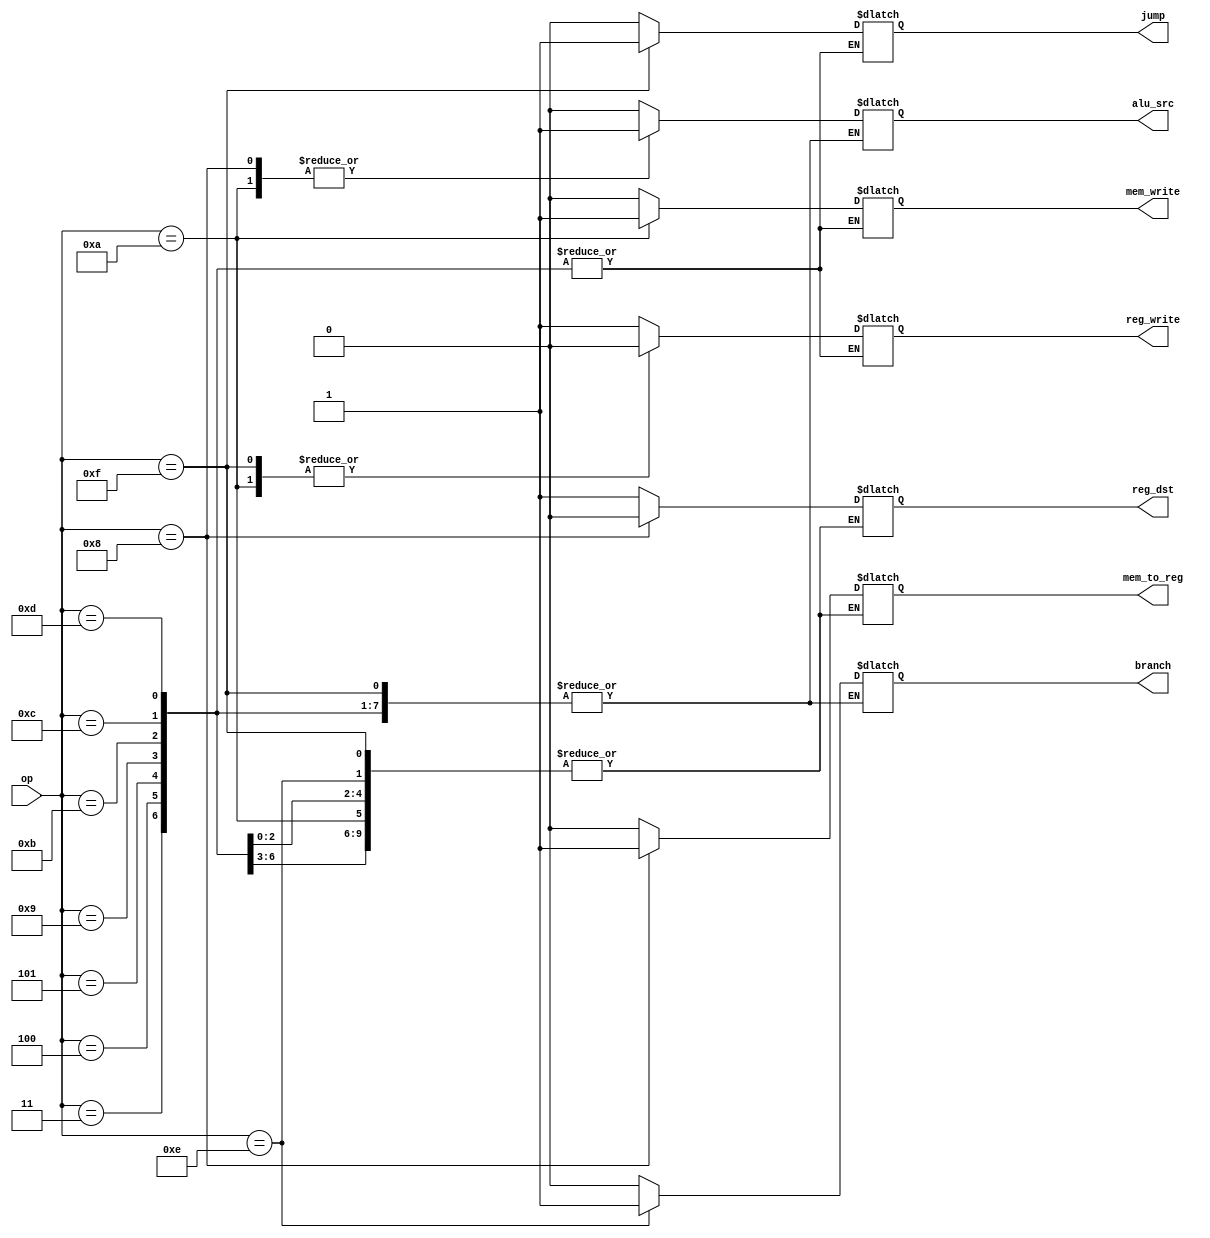
`timescale 1ns / 1ps

module control_unit(
	input [3:0] op,
	output reg reg_dst, alu_src, mem_to_reg, reg_write,
			 mem_write, branch, jump
);

	always @* begin
		case(op)
			4'b0000:
			begin
				reg_dst=1; alu_src=0; mem_to_reg=0; reg_write=1;
				mem_write=0; branch=0; jump=0;
			end
			4'b0001:
			begin
				reg_dst=1; alu_src=0; mem_to_reg=0; reg_write=1;
				mem_write=0; branch=0; jump=0;
			end
			4'b0010:
			begin
				reg_dst=1; alu_src=0; mem_to_reg=0; reg_write=1;
				mem_write=0; branch=0; jump=0;
			end
			4'b0011:
			begin
				
			end
			4'b0100:
			begin
				
			end
			4'b0101:
			begin
				
			end
			4'b0110:
			begin
				reg_dst=1; alu_src=0; mem_to_reg=0; reg_write=1;
				mem_write=0; branch=0; jump=0;
			end
			4'b0111:
			begin
				reg_dst=1; alu_src=0; mem_to_reg=0; reg_write=1;
				mem_write=0; branch=0; jump=0;
			end
			4'b1000:
			begin
				reg_dst=0; alu_src=1; mem_to_reg=1; reg_write=1;
				mem_write=0; branch=0; jump=0;
			end
			4'b1001:
			begin
				
			end
			4'b1010:
			begin
				alu_src=1; reg_write=0;
				mem_write=1; branch=0; jump=0;
			end
			4'b1011:
			begin
				
			end
			4'b1100:
			begin
				
			end
			4'b1101:
			begin
				
			end
			4'b1110:
			begin
				alu_src=0; reg_write=1; mem_write=0; branch=1; jump=0;
			end
			4'b1111:
			begin
				reg_write=0; jump=1; mem_write=0;
			end
		endcase
	end
endmodule